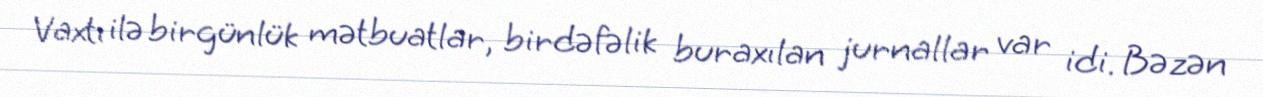
Vaxtı ilə birgünlük mətbuatlar, birdəfəlik buraxılan jurnallar var idi. Bəzən